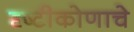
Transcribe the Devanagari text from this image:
दृष्टीकोणाचे